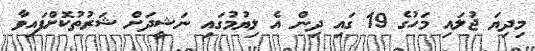
މިދިޔަ ޖުލައި މަހުގެ 19 ގައި ދިން އެ ލިޔުމުގައި ނަޝީދަށް ޝަރުތުކޮށްފައިވާ